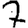
Digit: 7